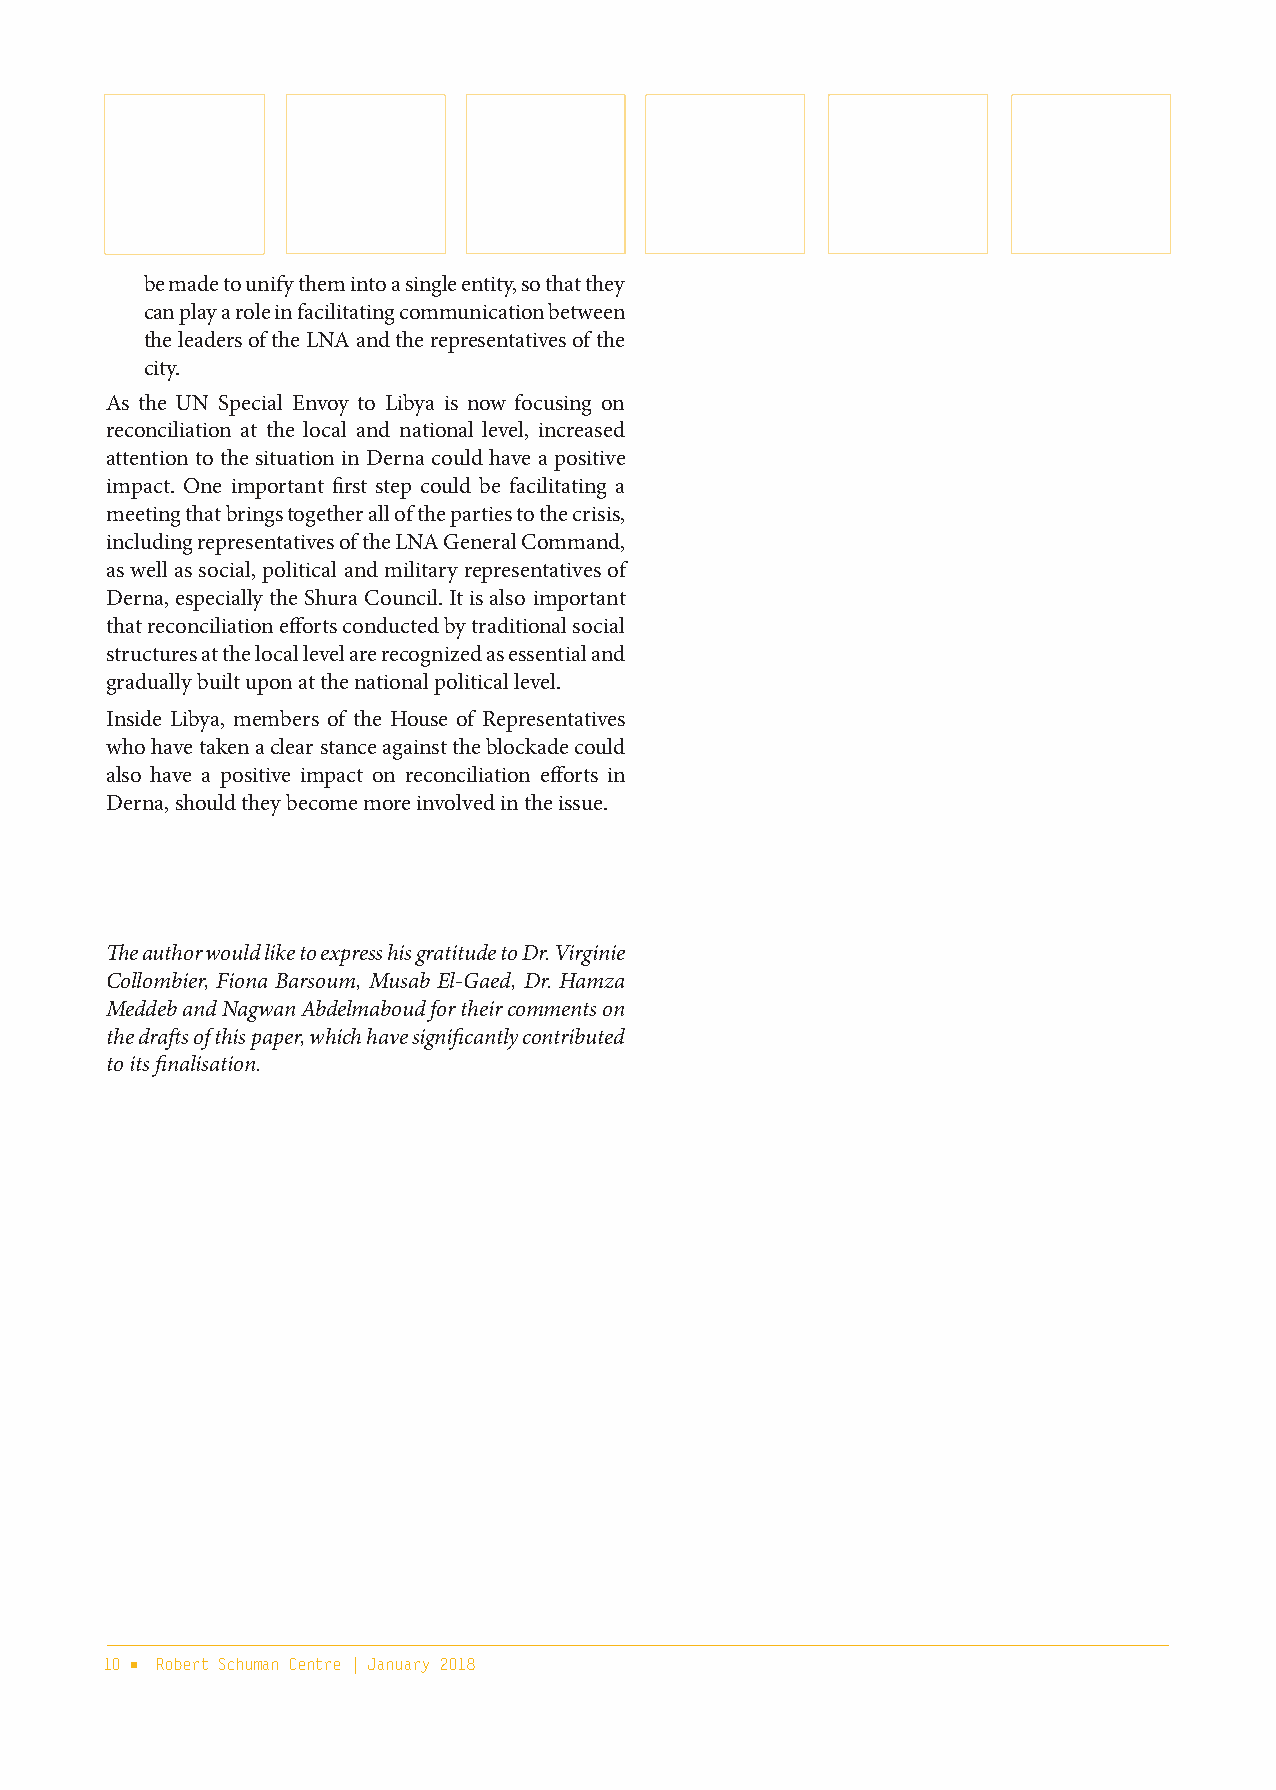
be made to unify them into a single entity, so that they
 can play a role in facilitating communication between
 the leaders of the LNA and the representatives of the
 city.
 As the UN Special Envoy to Libya is now focusing on
 reconciliation at the local and national level, increased
 attention to the situation in Derna could have a positive
 impact. One important first step could be facilitating a
 meeting that brings together all of the parties to the crisis,
 including representatives of the LNA General Command,
 as well as social, political and military representatives of
 Derna, especially the Shura Council. It is also important
 that reconciliation efforts conducted by traditional social
 structures at the local level are recognized as essential and
 gradually built upon at the national political level.
 Inside Libya, members of the House of Representatives
 who have taken a clear stance against the blockade could
 also have a positive impact on reconciliation efforts in
 Derna, should they become more involved in the issue.
 The author would like to express his gratitude to Dr. Virginie
 Collombier, Fiona Barsoum, Musab El-Gaed, Dr. Hamza
 Meddeb and Nagwan Abdelmaboud for their comments on
 the drafts of this paper, which have significantly contributed
 to its finalisation.
 10 ■ Robert Schuman Centre | January 2018